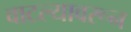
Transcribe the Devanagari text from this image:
वाटल्यावरून